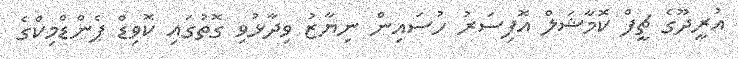
އުރީދޫގެ ޗީފް ކޮމާޝަލް އޮފިސަރު ހުސައިން ނިޔާޒު ވިދާޅުވި ގޮތުގައި ކޮވިޑް ޕެންޑްމިކްގެ